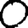
Digit: 0